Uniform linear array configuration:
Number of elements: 12
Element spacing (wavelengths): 0.25
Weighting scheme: uniform
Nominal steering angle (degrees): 0
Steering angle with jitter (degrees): -1.884
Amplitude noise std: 0.05
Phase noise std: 0.05

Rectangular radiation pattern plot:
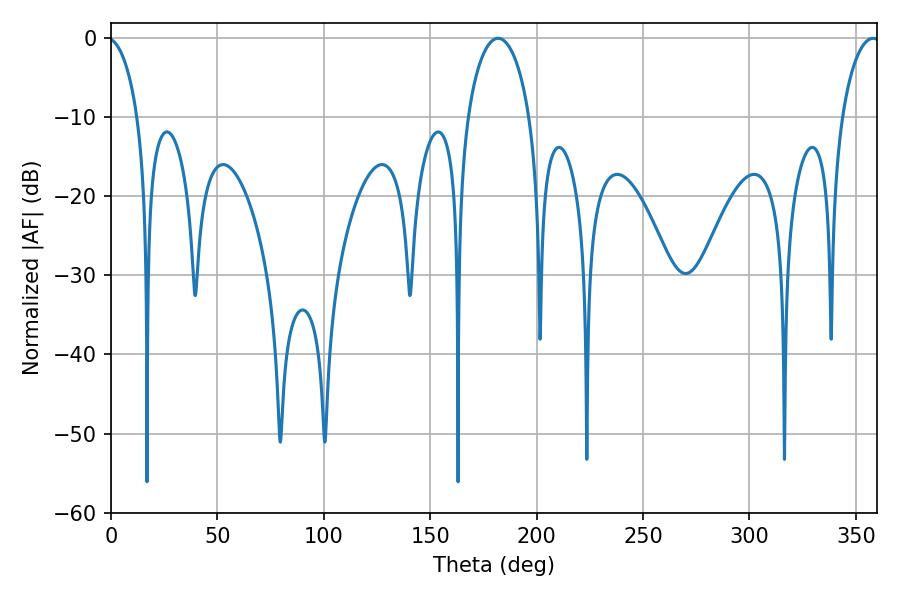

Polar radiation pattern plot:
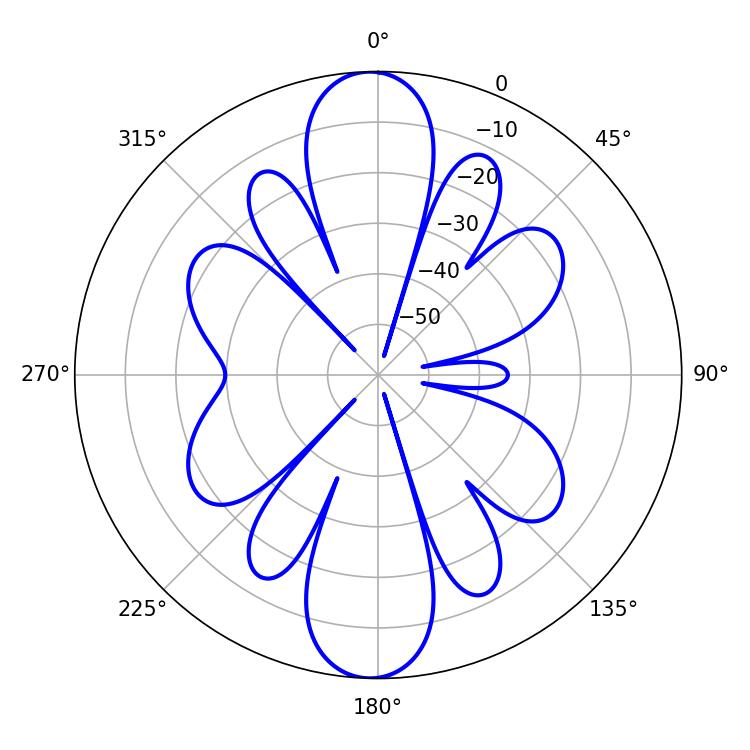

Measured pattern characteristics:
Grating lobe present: FALSE
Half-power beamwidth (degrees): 16.74
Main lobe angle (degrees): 181.98